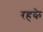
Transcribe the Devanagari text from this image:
रहके